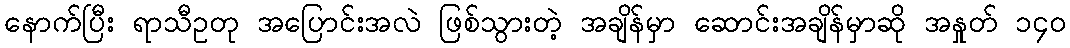
နောက်ပြီး ရာသီဥတု အပြောင်းအလဲ ဖြစ်သွားတဲ့ အချိန်မှာ ဆောင်းအချိန်မှာဆို အနှုတ် ၁၄၀